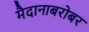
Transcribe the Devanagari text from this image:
मैदानाबरोबर